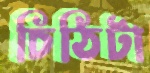
চিঠিটা